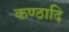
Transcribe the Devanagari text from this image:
कण्ठादि